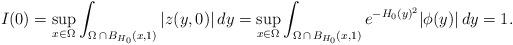
LaTeX: \begin{align*}I(0)=\sup_{x\in\Omega}\int_{\Omega\,\cap\,B_{H_0}(x,1)} |z(y,0)|\,dy=\sup_{x\in\Omega}\int_{\Omega\,\cap\,B_{H_0}(x,1)}e^{- H_0(y)^2}|\phi(y)|\,dy=1.\end{align*}